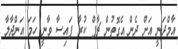
އާމްދަނީ އަށް ދެން އެގޮތުން ޗާޕް ކުރާ ފައިސާ ވާނީ ހަމަ އަންދާލާ